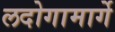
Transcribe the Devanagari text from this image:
लदोगामार्गे